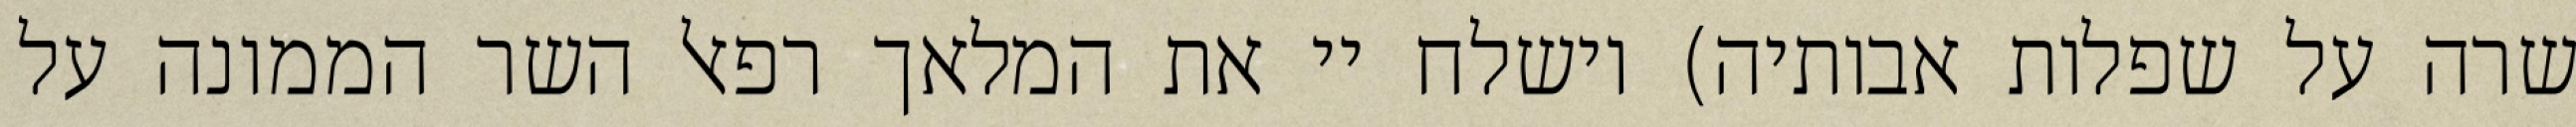
שרה על שפלות אבותיה) וישלח יי את המלאך רפאל השר הממונה על